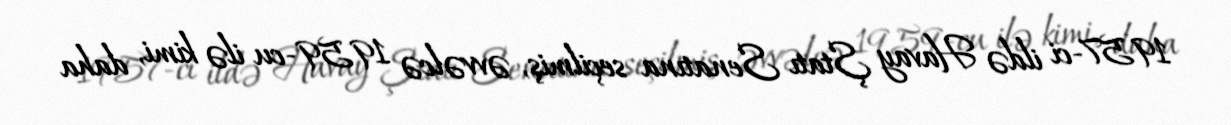
1957-ci ildə Havay Ştatı Senatına seçilmiş, əvvəlcə 1959-cu ilə kimi, daha